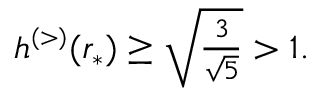
\begin{array} { r } { h ^ { \scriptscriptstyle ( > ) } ( r _ { * } ) \ge \sqrt { \frac { 3 } { \sqrt { 5 } } } > 1 . } \end{array}